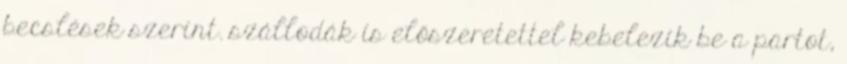
becslések szerint. szállodák is előszeretettel kebelezik be a partot,